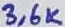
Text: 3,6K